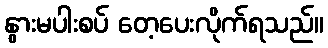
နွားမပါးစပ် တေ့ပေးလိုက်ရသည်။